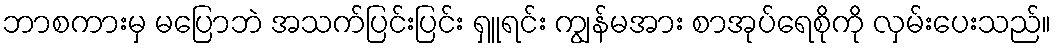
ဘာစကားမှ မပြောဘဲ အသက်ပြင်းပြင်း ရှူရင်း ကျွန်မအား စာအုပ်ရေစိုကို လှမ်းပေးသည်။